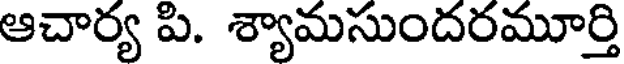
ఆచార్య పి. శ్యామసుందరమూర్తి